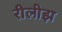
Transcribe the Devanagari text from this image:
रीलीझ